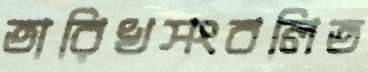
তারিখসংবলিত